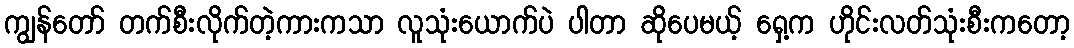
ကျွန်တော် တက်စီးလိုက်တဲ့ကားကသာ လူသုံးယောက်ပဲ ပါတာ ဆိုပေမယ့် ရှေ့က ဟိုင်းလတ်သုံးစီးကတော့